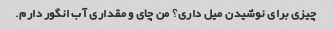
چیزی برای نوشیدن میل داری؟ من چای و مقداری آب انگور دارم.